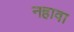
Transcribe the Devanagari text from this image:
नहावा